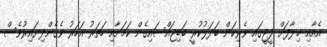
އެއާއި ޚިލާފަށް ފީޖީގައި ވެރިކަން ބަދަލުކުރީ ބަޑިޖައްސައިގެން ކަމަށާއި ހަތަރު އަހަރު ވެގެންދިޔައިރުވެސް